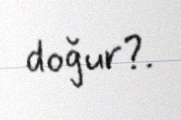
doğur?.